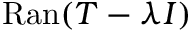
\mathrm { R a n } ( T - \lambda I )